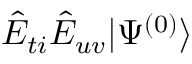
\hat { E } _ { t i } \hat { E } _ { u v } | \Psi ^ { ( 0 ) } \rangle